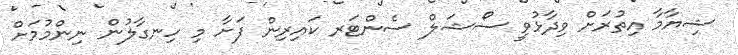
ޝިޔާމާ އިތުރަށް ވިދާޅުވީ ސޯޝަލް ސެންޓަރ ކައިރިން ފަށާ މި ހިނގާލުން ނިންމުމަށް